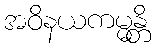
အဝိနယကမ္မန္တိ